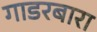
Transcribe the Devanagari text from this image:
गाडरबारा